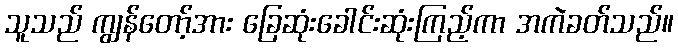
သူသည် ကျွန်တော့်အား ခြေဆုံးခေါင်းဆုံးကြည့်ကာ အကဲခတ်သည်။